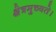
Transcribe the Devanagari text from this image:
क्षेत्रमुच्यते।